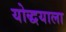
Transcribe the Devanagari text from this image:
योद्धयाला